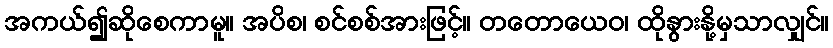
အကယ်၍ဆိုစေကာမူ။ အပိစ၊ စင်စစ်အားဖြင့်။ တတောယေဝ၊ ထိုနွားနို့မှသာလျှင်။